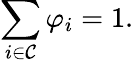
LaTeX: \sum_{i\in\mathcal{C}}\varphi_{i}=1.